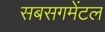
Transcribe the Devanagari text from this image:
सबसगमेंटल